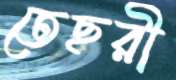
তেছরী